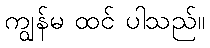
ကျွန်မ ထင် ပါသည်။